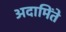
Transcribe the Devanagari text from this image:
अदामिंते